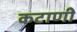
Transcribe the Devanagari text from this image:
कटाणी